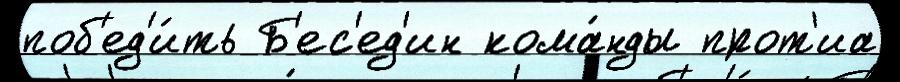
поб'ед'и́ть Б'ес'ед'ин кома́нды прот'иа